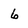
Character: 6